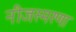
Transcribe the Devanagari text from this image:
नीजस्मरणा